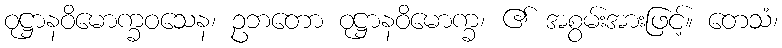
ဝုဋ္ဌာနဝိမောက္ခဝသေန၊ ဥဘတော ဝုဋ္ဌာနဝိမောက္ခ၊ ၏ အစွမ်းအားဖြင့်။ တေသံ၊